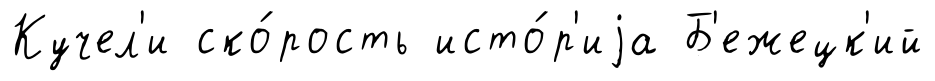
Кучел'и ско́рость исто́р'иjа Б'ежецк'ий